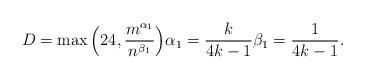
LaTeX: \begin{align*} D = \max\Big(24, \frac{m^{\alpha_1}}{n^{\beta_1}}\Big) \alpha_1 = \frac{k}{4 k -1} \beta_1 = \frac{1}{4 k -1}.\end{align*}